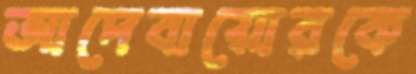
আদেবায়োরকে